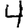
Digit: 4